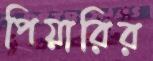
পিয়ারির